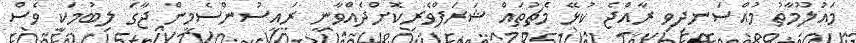
މައުލޫމާތު މުއްސަނދިވި ރާއްޖެ ކުޅޭ މެޗުތައް ޝަރަފްވެރިކޮށްދެއްވާނީ ރައީސުންސެމީން ޖާގަ ލިބުމަކީ ވެސް